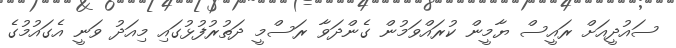
ސައުދީއަށް ރައީސް ޔާމީން ކުރައްވަމުން ގެންދަވާ ރަސްމީ ދަތުރުފުޅުގައި މިއަދު ވަނީ އެގައުމުގެ